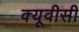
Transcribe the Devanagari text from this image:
क्यूवीसी